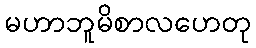
မဟာဘူမိစာလဟေတု